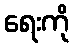
ရေးကို